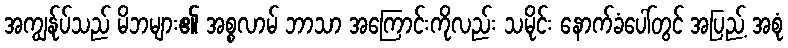
အကျွန်ုပ်သည် မိဘများ၏ အစ္စလာမ် ဘာသာ အကြောင်းကိုလည်း သမိုင်း နောက်ခံပေါ်တွင် အပြည့် အစုံ